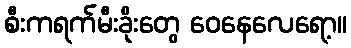
စီးကရက်မီးခိုးတွေ ဝေနေလေရော့။